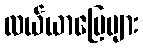
လယ်ယာမြေများ